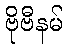
ဗိုဗီနမ်